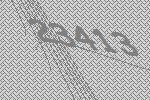
23413